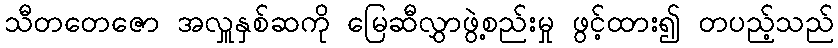
သီတတေဇော အလှူနှစ်ဆကို မြေဆီလွှာဖွဲ့စည်းမှု ဖွင့်ထား၍ တပည့်သည်